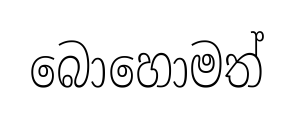
බොහොමත්